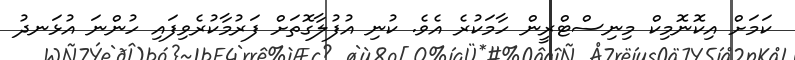
ކަމަށް އިކޮނޮމިކް މިނިސްޓްރީން ހާމަކުރެ އެވެ. ކުނި އުފުލާގޮތަށް ފަރުމާކުރެވިފައި ހުންނަ އުޅަނދު